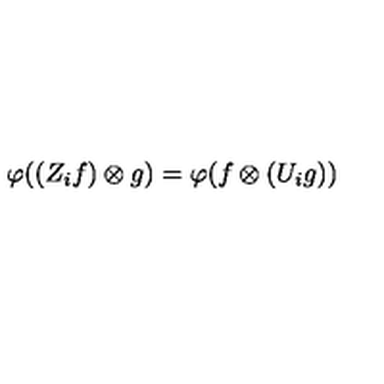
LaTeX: \varphi ( ( Z _ { i } f ) \otimes g ) = \varphi ( f \otimes ( U _ { i } g ) )